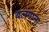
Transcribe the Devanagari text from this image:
बलंगाना